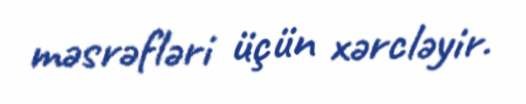
məsrəfləri üçün xərcləyir.